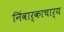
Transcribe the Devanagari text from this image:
निंवार्काचार्य